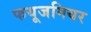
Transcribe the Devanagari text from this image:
फयूजगियर